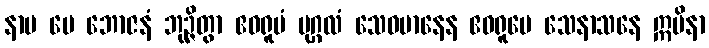
နာမ မေ ဘောဇနံ ဘုဉ္ဇိတွာ ဧဝရူပံ ပုဂ္ဂလံ သေဝမာနေန ဧဝရူပေ သေနာသနေ ဣမိနာ